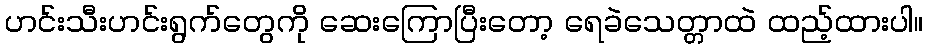
ဟင်းသီးဟင်းရွက်တွေကို ဆေးကြောပြီးတော့ ရေခဲသေတ္တာထဲ ထည့်ထားပါ။